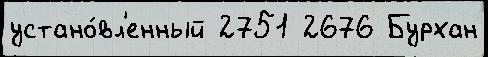
устано́вл'енный 2751 2676 Бурхан